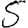
Digit: 5